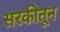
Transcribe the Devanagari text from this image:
सरकीतून